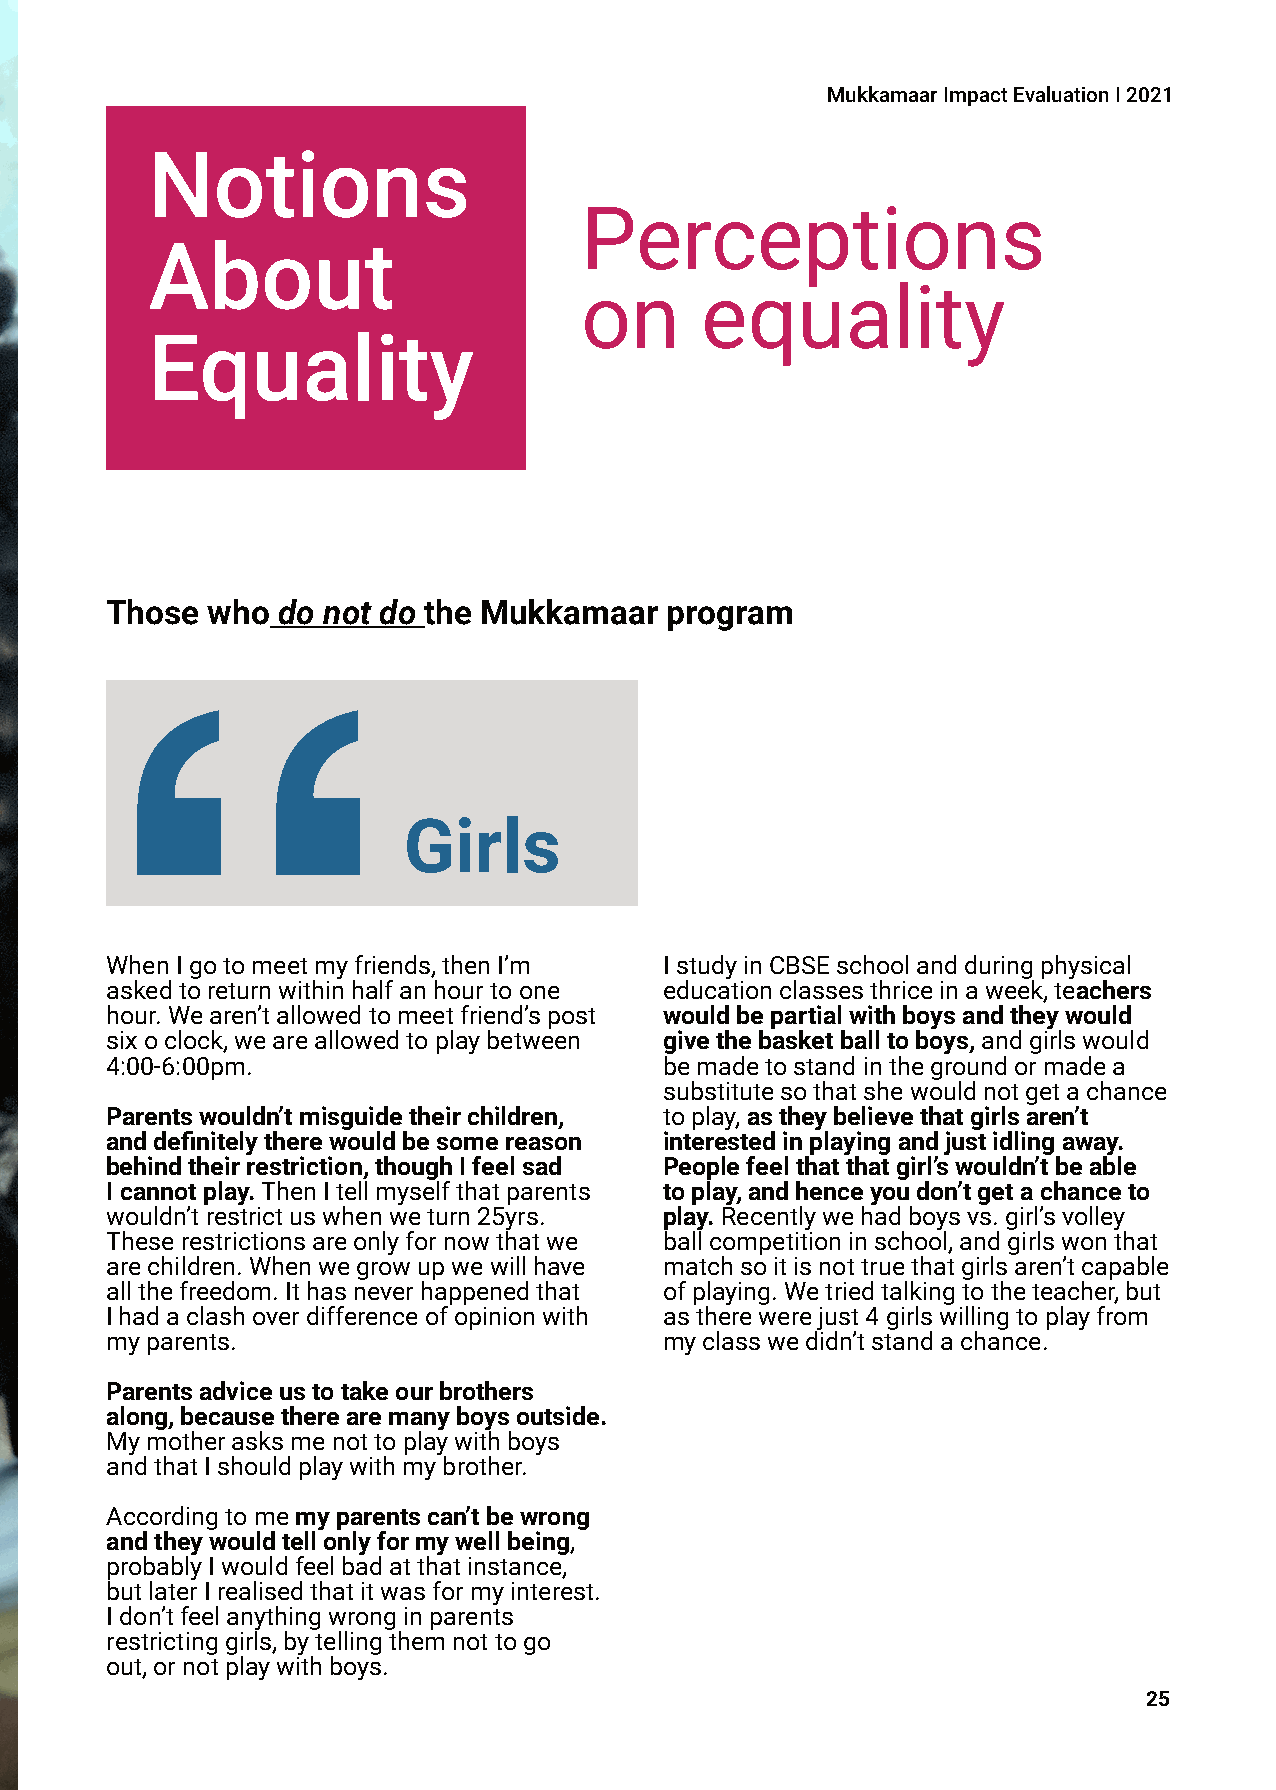
MukkamaarImpactEvaluationI2021
 Notions
 Perceptions
 About
 on      equality
 Equality
 Those  who do not do the Mukkamaar   program
 Girls
 WhenIgotomeetmyfriends,thenI’m       IstudyinCBSEschoolandduringphysical
 askedtoreturnwithinhalfanhourtoone   educationclassesthriceinaweek,teachers
 hour.Wearen’tallowedtomeetfriend’spost wouldbepartialwithboysandtheywould
 sixoclock,weareallowedtoplaybetween  givethebasketballtoboys,andgirlswould
 4:00-6:00pm.                         bemadetostandinthegroundormadea
 substitutesothatshewouldnotgetachance
 Parentswouldn’tmisguidetheirchildren, toplay,astheybelievethatgirlsaren’t
 anddefinitelytherewouldbesomereason  interestedinplayingandjustidlingaway.
 behindtheirrestriction,thoughIfeelsad Peoplefeelthatthatgirl’swouldn’tbeable
 Icannotplay.ThenItellmyselfthatparents toplay,andhenceyoudon’tgetachanceto
 wouldn’trestrictuswhenweturn25yrs.   play.Recentlywehadboysvs.girl’svolley
 Theserestrictionsareonlyfornowthatwe ballcompetitioninschool,andgirlswonthat
 arechildren.Whenwegrowupwewillhave   matchsoitisnottruethatgirlsaren’tcapable
 allthefreedom.Ithasneverhappenedthat ofplaying.Wetriedtalkingtotheteacher,but
 Ihadaclashoverdifferenceofopinionwith astherewerejust4girlswillingtoplayfrom
 myparents.                           myclasswedidn’tstandachance.
 Parentsadviceustotakeourbrothers
 along,becausetherearemanyboysoutside.
 Mymotherasksmenottoplaywithboys
 andthatIshouldplaywithmybrother.
 Accordingtomemyparentscan’tbewrong
 andtheywouldtellonlyformywellbeing,
 probablyIwouldfeelbadatthatinstance,
 butlaterIrealisedthatitwasformyinterest.
 Idon’tfeelanythingwronginparents
 restrictinggirls,bytellingthemnottogo
 out,ornotplaywithboys.
 25